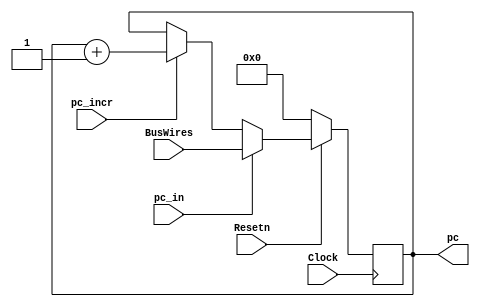
module programCounter (BusWires, Resetn, pc_incr, pc_in, Clock, pc);
	input [15:0] BusWires;
	input Resetn, pc_incr, pc_in, Clock;
	output reg [15:0] pc;
	
	initial begin
		pc = 1'b0;
	end

	always @(posedge Clock) begin   //apenas na borda de subida do clock o valor de PC eh atualizado
		if(Resetn) begin
			if(pc_in) begin // operacoes de desvio
            	pc = (BusWires);
        	end
			else if(pc_incr) begin
				pc = pc + 1; // incrementa PC
			end	
		end
		else begin
			pc = 1'b0; // reseta PC
		end	
	end
endmodule